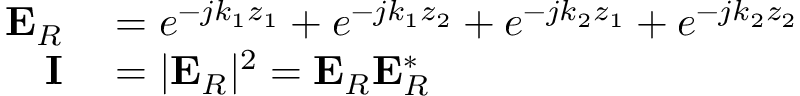
\begin{array} { r l } { \mathbf { E } _ { R } } & { { } = e ^ { - j k _ { 1 } z _ { 1 } } + e ^ { - j k _ { 1 } z _ { 2 } } + e ^ { - j k _ { 2 } z _ { 1 } } + e ^ { - j k _ { 2 } z _ { 2 } } } \\ { \mathbf { I } } & { { } = | \mathbf { E } _ { R } | ^ { 2 } = \mathbf { E } _ { R } \mathbf { E } _ { R } ^ { * } } \end{array}